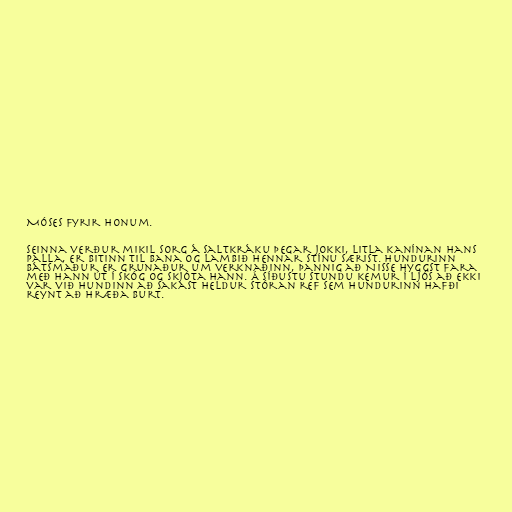
Móses fyrir honum.

Seinna verður mikil sorg á Saltkráku þegar Jokki, litla kanínan hans
Palla, er bitinn til bana og lambið hennar Stínu særist. Hundurinn
Bátsmaður er grunaður um verknaðinn, þannig að Nisse hyggst fara
með hann út í skóg og skjóta hann. Á síðustu stundu kemur í ljós að ekki
var við hundinn að sakast heldur stóran ref sem hundurinn hafði
reynt að hræða burt.